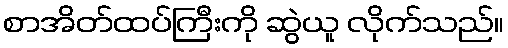
စာအိတ်ထပ်ကြီးကို ဆွဲယူ လိုက်သည်။